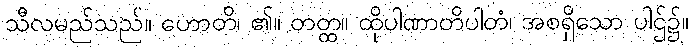
သီလမည်သည်။ ဟောတိ၊ ၏။ တတ္ထ။ ထိုပါဏာတိပါတံ၊ အစရှိသော ပါဌ်၌။